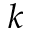
k